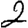
Digit: 2